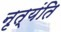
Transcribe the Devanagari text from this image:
नृत्यंति